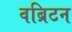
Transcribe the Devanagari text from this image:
वब्रिटन